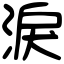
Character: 淚